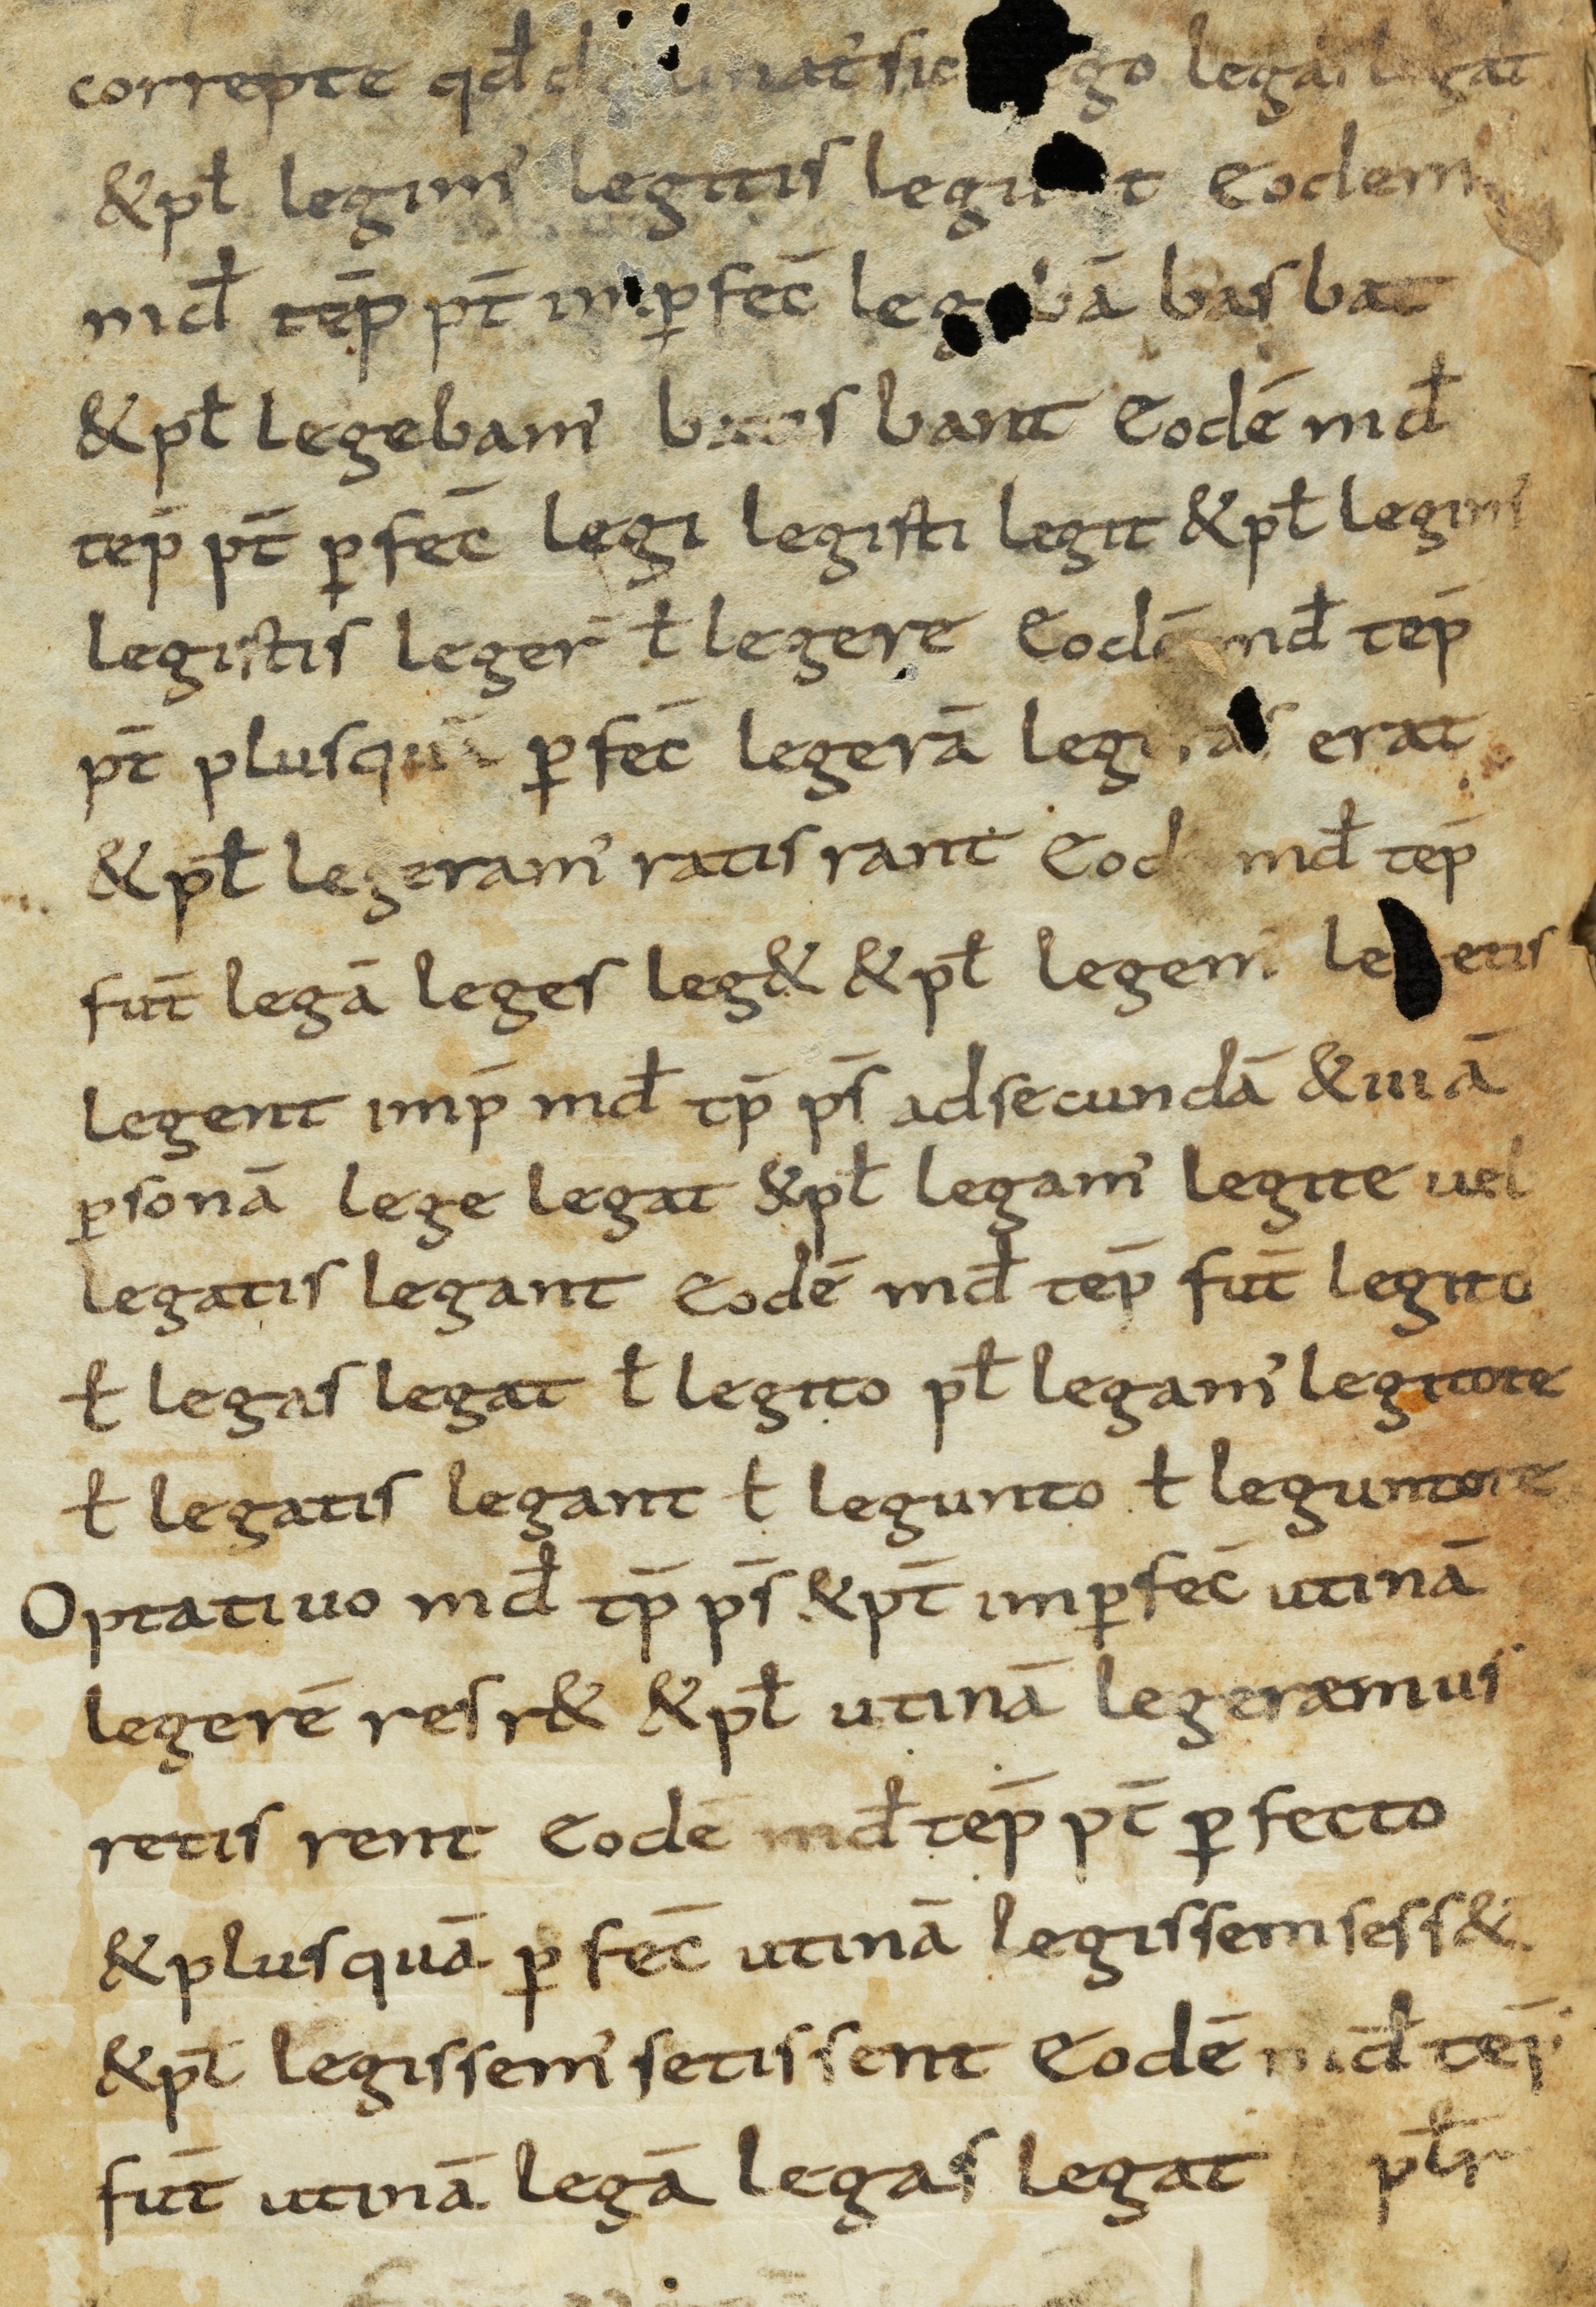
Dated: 850–899